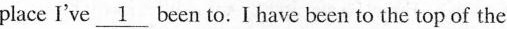
place I've\underline{1} been to.I have been to the top of the